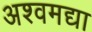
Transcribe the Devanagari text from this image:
अश्वमद्या